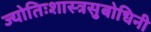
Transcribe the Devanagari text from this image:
ज्योतिःशास्त्रसुबोधिनी